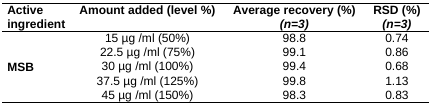
<table><thead><tr><td><b>Active ingredient</b></td><td><b>Amount added (level %)</b></td><td><b>Average recovery (%)<i>(n=3)</i></b></td><td><b>RSD (%)<i>(n=3)</i></b></td></tr></thead><tbody><tr><td rowspan="5"><b>MSB</b></td><td>15 μg/ml (50%)</td><td>98.8</td><td>0.74</td></tr><tr><td>22.5 μg/ml (75%)</td><td>99.1</td><td>0.86</td></tr><tr><td>30 μg/ml (100%)</td><td>99.4</td><td>0.68</td></tr><tr><td>37.5 μg/ml (125%)</td><td>99.8</td><td>1.13</td></tr><tr><td>45 μg/ml (150%)</td><td>98.3</td><td>0.83</td></tr></tbody></table>